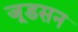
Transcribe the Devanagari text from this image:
जूडसन